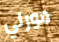
مورلي